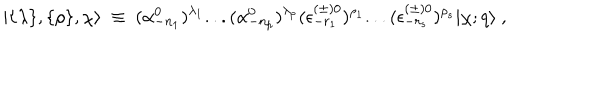
\vert \{ \lambda \} , \{ \rho \} , \chi \rangle { } ~ \equiv { } ~ ( \alpha _ { - { n _ { 1 } } } ^ { 0 } ) ^ { \lambda _ { 1 } } . . . ( \alpha _ { - { n _ { p } } } ^ { 0 } ) ^ { \lambda _ { p } } ( \epsilon _ { - r _ { 1 } } ^ { ( \pm ) 0 } ) ^ { \rho _ { 1 } } . . . ( \epsilon _ { - r _ { s } } ^ { ( \pm ) 0 } ) ^ { \rho _ { s } } \vert \chi ; q \rangle { } ~ ,